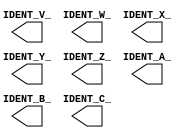
module macr_arg_surrounding_spaces_top(
	IDENT_V_,
	IDENT_W_,
	IDENT_X_,
	IDENT_Y_,
	IDENT_Z_,
	IDENT_A_,
	IDENT_B_,
	IDENT_C_
);
	`define MACRO(dummy, x) IDENT_``x``_
	output wire IDENT_V_;
	output wire `MACRO(_,W);
	output wire `MACRO(_, X);
	output wire `MACRO(_,Y );
	output wire `MACRO(_, Z );
	output wire `MACRO(_,	 A);
	output wire `MACRO(_,B	 );
	output wire `MACRO(_, C	);
endmodule